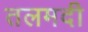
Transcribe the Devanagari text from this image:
तलमदी